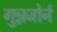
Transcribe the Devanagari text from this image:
गुन्नजोर्न